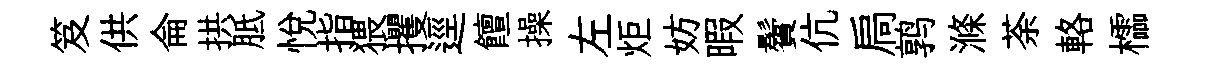
笈供侖拱胝悦指猥攫逕饘操左炬妨暇鬢伉扃鹑滌荼輅櫺